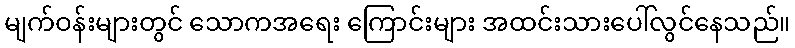
မျက်ဝန်းများတွင် သောကအရေး ကြောင်းများ အထင်းသားပေါ်လွင်နေသည်။